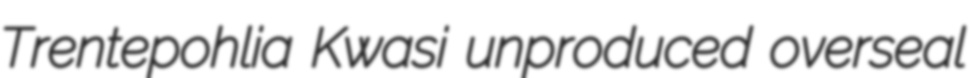
Trentepohlia Kwasi unproduced overseal